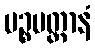
ပဉ္စမတ္တာနံ